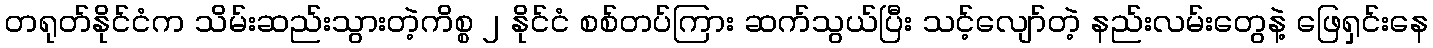
တရုတ်နိုင်ငံက သိမ်းဆည်းသွားတဲ့ကိစ္စ ၂ နိုင်ငံ စစ်တပ်ကြား ဆက်သွယ်ပြီး သင့်လျော်တဲ့ နည်းလမ်းတွေနဲ့ ဖြေရှင်းနေ